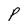
Character: P